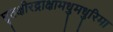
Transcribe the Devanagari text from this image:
घृतक्षीरद्राक्षामधुमधुरिमा